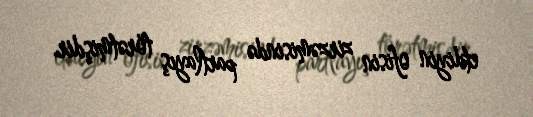
etdiyin ofisin zirzəmisində partlayış törətmişdir.